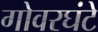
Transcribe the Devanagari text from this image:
गोवरघंटे